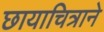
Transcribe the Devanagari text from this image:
छायाचित्राने